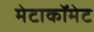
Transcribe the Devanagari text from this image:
मेटाकॉमेट